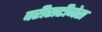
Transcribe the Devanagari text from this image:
परीसटीनेस